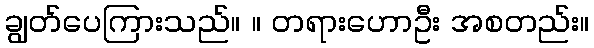
ချွတ်ပေကြားသည်။ ။ တရားဟောဦး အစတည်း။